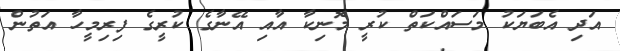
އަދި އެބަޔަކު މަސައްކަތް ކުރީ މޮނިކާ އާއި އޭނާގެ ކުރީގެ ފިރިމީހާ އަތުން